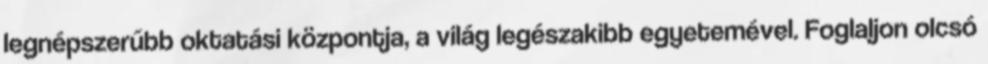
legnépszerűbb oktatási központja, a világ legészakibb egyetemével. Foglaljon olcsó